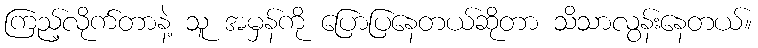
ကြည့်လိုက်တာနဲ့ သူ အမှန်ကို ပြောပြနေတယ်ဆိုတာ သိသာလွန်းနေတယ်။